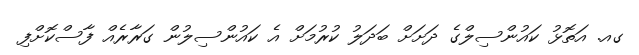
ގއ. އަތޮޅު ކައުންސިލްގެ ދަށަށް ބަދަލު ކުރުމަށް އެ ކައުންސިލުން ގަރާރެއް ފާސްކޮށްފި